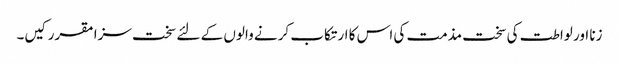
زنا اور لواطت کی سخت مذمت کی اس کا ارتکاب کرنے والوں کے لئے سخت سزا مقرر کیں۔